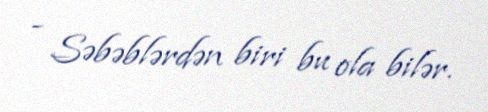
- Səbəblərdən biri bu ola bilər.